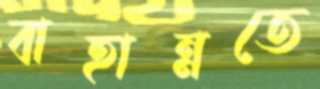
বাহান্নতে